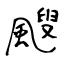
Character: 颼